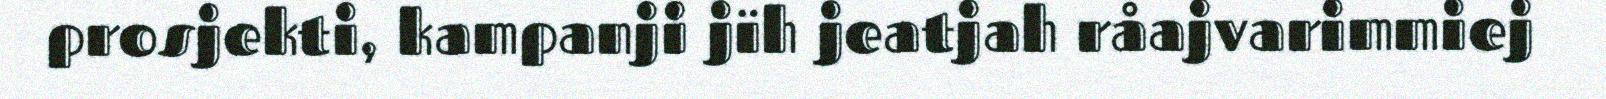
prosjekti, kampanji jïh jeatjah råajvarimmiej